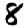
Digit: 8